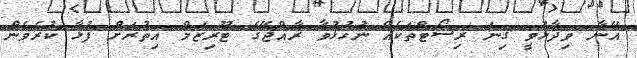
އޭނާ ވިދާޅުވީ ގިނަ ރިސޯޓްތަކެއް ނުހުޅުވާ ރާއްޖޭގެ ޓޫރިޒަމް އިތުރަށް ފުޅާ ކުރެވެން